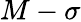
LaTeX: M-\sigma